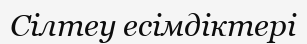
Сілтеу есімдіктері